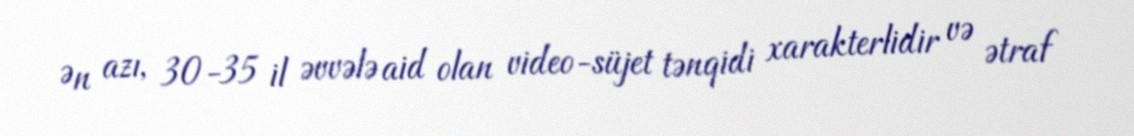
Ən azı, 30-35 il əvvələ aid olan video-süjet tənqidi xarakterlidir və ətraf